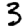
Digit: 3